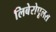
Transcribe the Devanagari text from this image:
लिबेरोपूलस